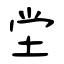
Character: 坣